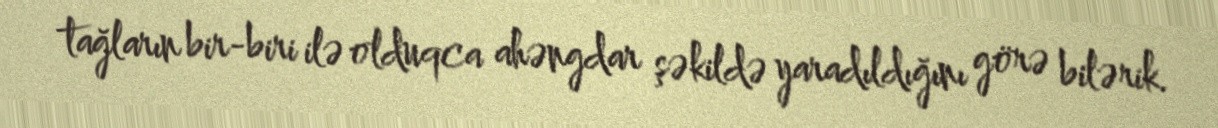
tağların bir-biri ilə olduqca ahəngdar şəkildə yaradıldığını görə bilərik.